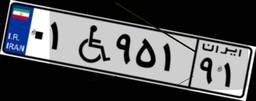
۱۵W۹۶۹۵۶